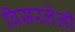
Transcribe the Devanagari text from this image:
विसरलेली